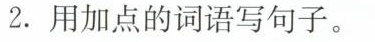
2. 用加点的词语写句子。